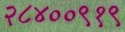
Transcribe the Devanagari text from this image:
२८४००९१९